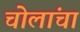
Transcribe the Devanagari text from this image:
चोलांचा